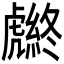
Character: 𧈆